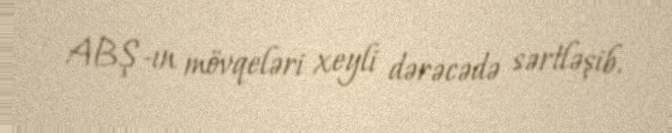
ABŞ-ın mövqeləri xeyli dərəcədə sərtləşib.